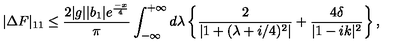
| \Delta F | _ { 1 1 } \leq \frac { 2 | g | | b _ { 1 } | e ^ { \frac { - x } { 4 } } } { \pi } \int _ { - \infty } ^ { + \infty } d \lambda \left\{ \frac { 2 } { | 1 + ( \lambda + i / 4 ) ^ { 2 } | } + \frac { 4 \delta } { | 1 - i k | ^ { 2 } } \right\} ,